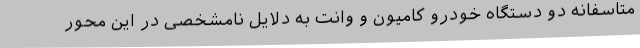
متاسفانه دو دستگاه خودرو کامیون و وانت به دلایل نامشخصی در این محور